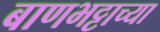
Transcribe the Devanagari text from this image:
बाणभट्टाच्या